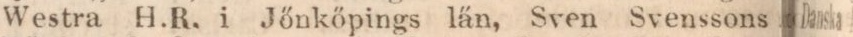
Westra H.R, i Jőnkőpings län, Sven Svenssons